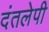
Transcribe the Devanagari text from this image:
दंतलेपी